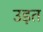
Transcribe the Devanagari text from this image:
उड़त